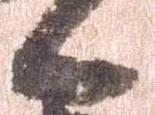
候